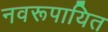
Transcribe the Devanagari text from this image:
नवरूपायित